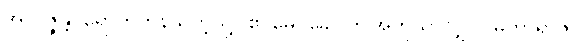
အာပဇ္ဇန္တိ၊ ရောက်ကုန်သကဲ့သို့။ ဧဝမေဝခေါ၊ ဤအတူသာလျှင်။ မဟာရာဇ၊